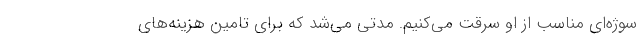
سوژه‌‌ای مناسب از او سرقت می‌کنیم. مدتی می‌شد که برای تامین هزینه‌های